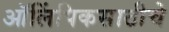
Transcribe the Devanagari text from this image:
ऑलिंपिकसाठीचे